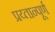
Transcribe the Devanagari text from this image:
प्रय्तान्पूर्ण